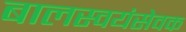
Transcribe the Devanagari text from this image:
बालस्वयंसेवक